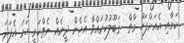
ކަމާއި އެއަށްފަހު މާތް  ޤަބޫލުކުރައްވާ އެހެން ދީނެއް ނެތްކަމީ ހަމަ އެފަދަ